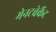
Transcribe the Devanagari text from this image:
मेनटवेर्केट